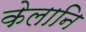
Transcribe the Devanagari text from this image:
केलानि